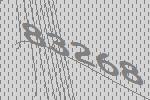
83268